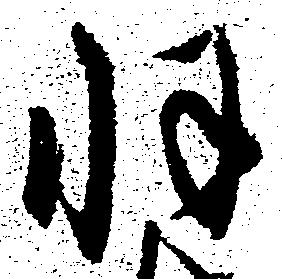
羽